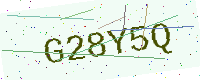
Text: G28Y5Q